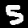
Digit: 5